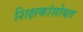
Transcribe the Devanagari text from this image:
शिक्षकांसोबत